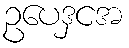
ဥပေဒှငအ